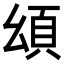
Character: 𩑗